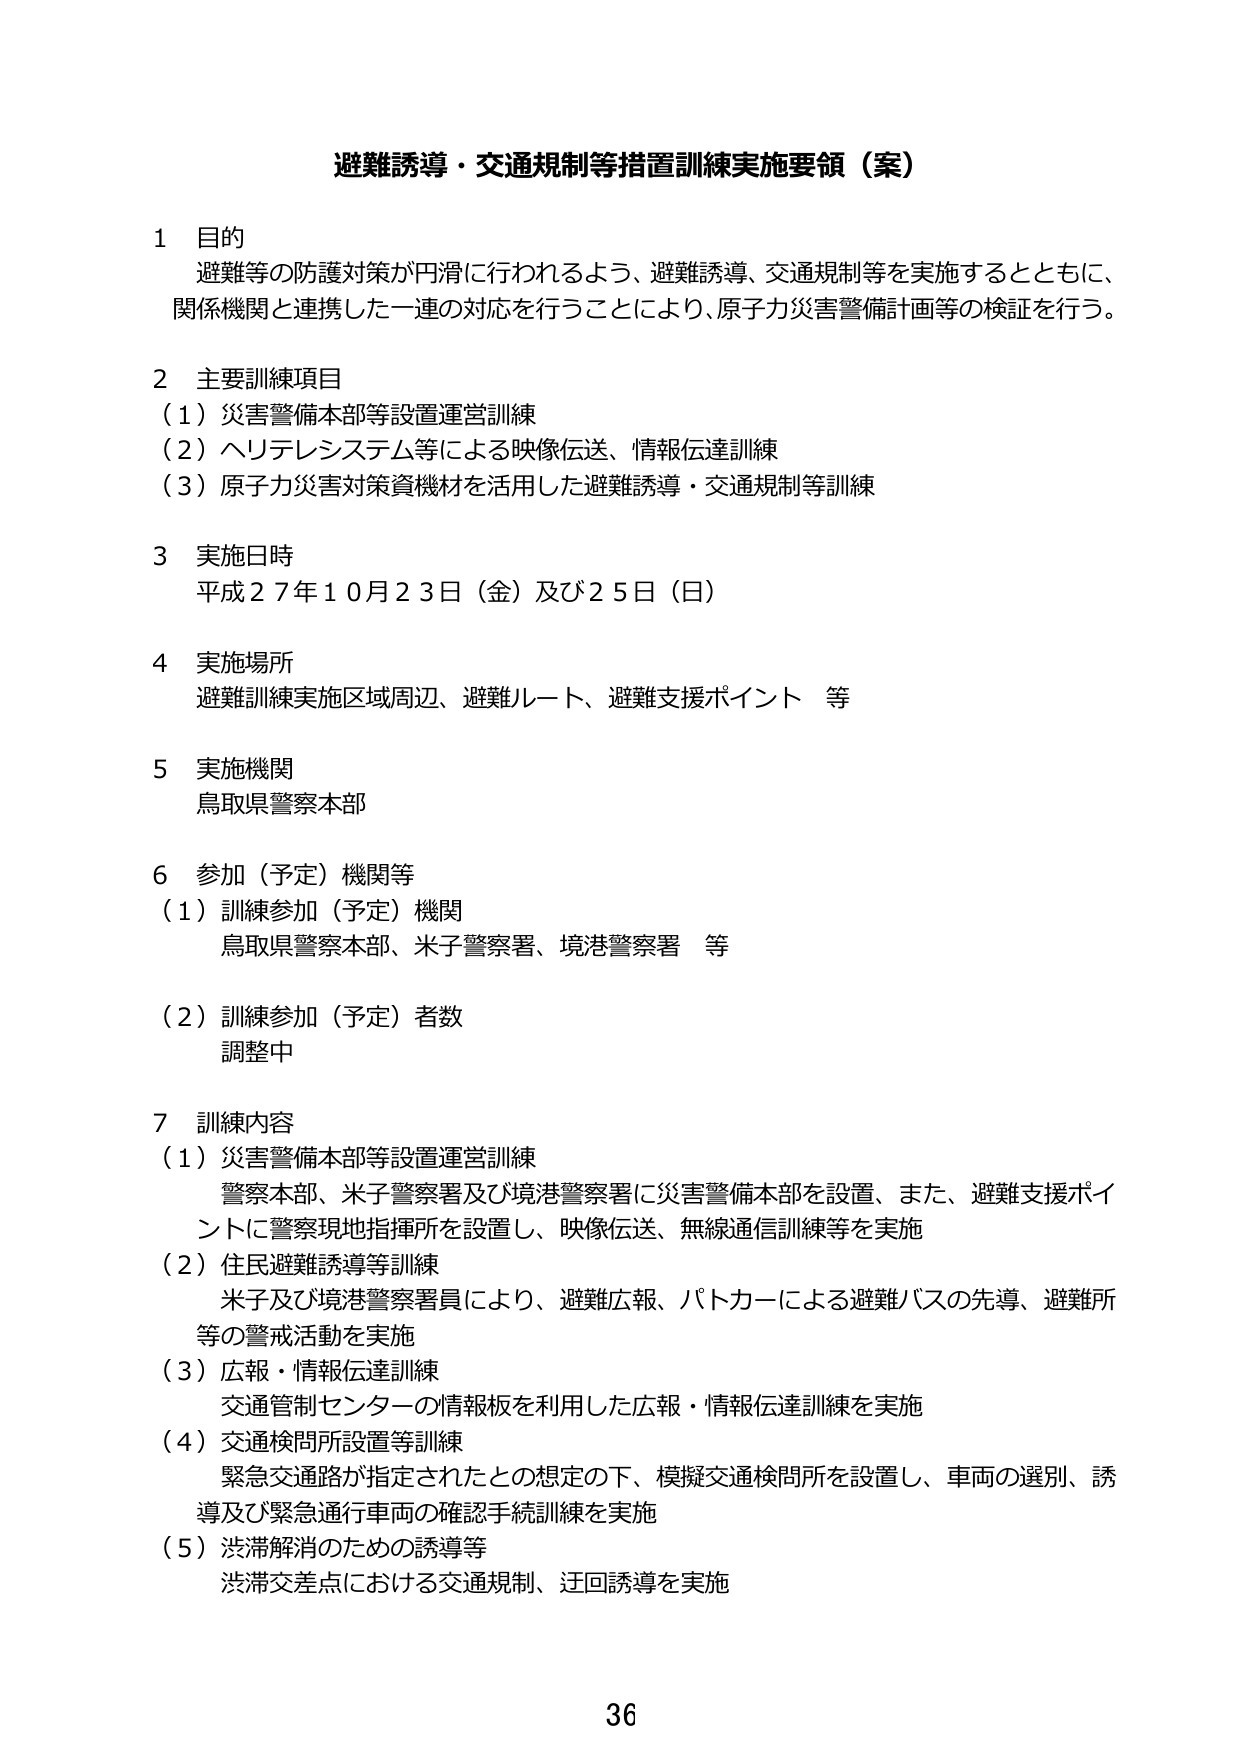
避難誘導・交通規制等措置訓練実施要領（案）

１ 目的
避難等の防護対策が円滑に行われるよう、避難誘導、交通規制等を実施するとともに、
関係機関と連携した一連の対応を行うことにより、原子力災害警備計画等の検証を行う。

２ 主要訓練項目
（１）災害警備本部等設置運営訓練
（２）ヘリテレシシステム等による映像伝送、情報伝達訓練
（３）原子力災害対策資機材を活用した避難誘導・交通規制等訓練

３ 実施日時
平成２７年１０月２３日（金）及び２５日（日）

４ 実施場所
避難訓練実施区域周辺、避難ルート、避難支援ポイント 等

５ 実施機関
鳥取県警察本部

６ 参加（予定）機関等
（１）訓練参加（予定）機関
　鳥取県警察本部、米子警察署、境港警察署 等
（２）訓練参加（予定）者数
　調整中

７ 訓練内容
（１）災害警備本部等設置運営訓練
　警察本部、米子警察署及び境港警察署に災害警備本部を設置、また、避難支援ポイントに警察現地指揮所を設置し、映像伝送、無線通信訓練等を実施
（２）住民避難誘導等訓練
　米子及び境港警察署員により、避難広報、パトカーによる避難バスの先導、避難所等の警戒活動を実施
（３）広報・情報伝達訓練
　交通管制センターの情報板を利用した広報・情報伝達訓練を実施
（４）交通検問所設置等訓練
　緊急交通路が指定されたとの想定の下、模擬交通検問所を設置し、車両の選別、誘導及び緊急通行車両の確認手続訓練を実施
（５）渋滞解消のための誘導等
　渋滞交差点における交通規制、迂回誘導を実施

36